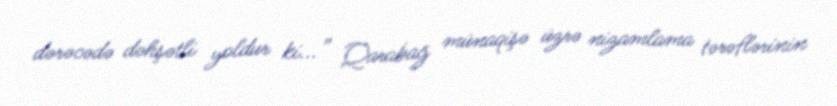
dərəcədə dəhşətli yoldur ki...” Qarabağ münaqişə üzrə nizamlama tərəflərinin